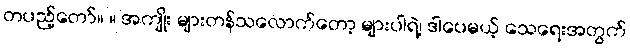
တပည့်တော်။ ။ အကျိုး များတန်သလောက်တော့ များပါရဲ့၊ ဒါပေမယ့် သေရေးအတွက်